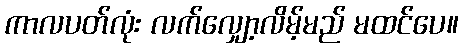
ကာလပတ်လုံး လက်လျှော့လိမ့်မည် မထင်ပေ။